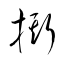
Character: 撕